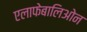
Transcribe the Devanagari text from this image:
एलाफेबालिओन